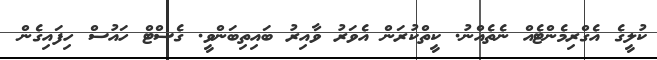
ކުލީގެ އެގްރިމެންޓެއް ނެތެއްނު. ކީތްކުރަން އެވަރު ވާއިރު ބައިތިބަންވީ. ގެސްޓް ހައުސް ހިފައިގެން